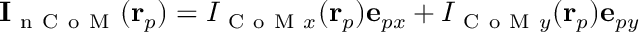
\mathbf { I } _ { \mathrm { ~ n ~ C ~ o ~ M ~ } } ( \mathbf { r } _ { p } ) = I _ { \mathrm { ~ C ~ o ~ M ~ } x } ( \mathbf { r } _ { p } ) \mathbf { e } _ { p x } + I _ { \mathrm { ~ C ~ o ~ M ~ } y } ( \mathbf { r } _ { p } ) \mathbf { e } _ { p y }